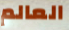
العالم